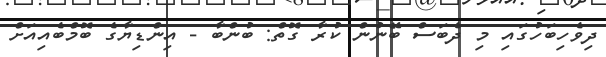
ދިވެހިބަހުގައި މި ދެބަސް ބޭނުން ކުރާ ގޮތް: ބުންބާ - އިންޑިޔާގެ ބޮމްބެއިއަށް